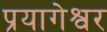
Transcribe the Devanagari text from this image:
प्रयागेश्वर